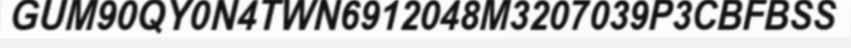
GUM90QY0N4TWN6912048M3207039P3CBFBSS